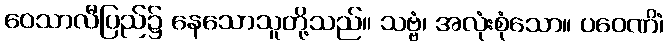
ဝေသာလီပြည်၌ နေသောသူတို့သည်။ သဗ္ဗံ၊ အလုံးစုံသော။ ပဝေဏိံ၊